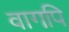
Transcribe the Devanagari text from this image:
वागपि